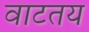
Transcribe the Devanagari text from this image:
वाटतय